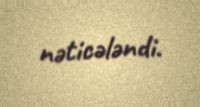
nəticələndi.